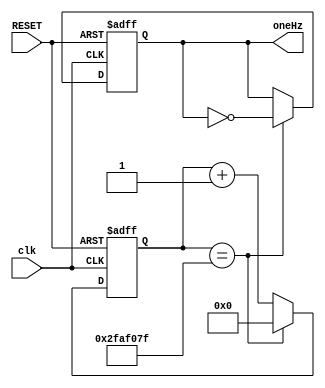
`timescale 1ns / 1ps
//////////////////////////////////////////////////////////////////////////////////
// Company: 
// Engineer: 
// 
// Design Name: 
// Module Name: clock
// Project Name: 
// Target Devices: 
// Tool Versions: 
// Description: 
// 
// Dependencies: 
// 
// Revision:
// Revision 0.01 - File Created
// Additional Comments:
// 
//////////////////////////////////////////////////////////////////////////////////


module clock(input clk,
             input RESET,
             output reg oneHz
);
  
    // 1 Hz
    reg [25:0] count_1 = 0;
    parameter dv_1 = 26'd50_000_000;
    
    // 100MHz -> oneHz
    always @(posedge clk, posedge RESET) begin
        if (RESET) begin
            count_1 <= 0;
            oneHz <= 0;
        end
        else if (count_1 == dv_1 - 1) begin
            count_1 <= 0;
            oneHz <= ~oneHz;
        end
        else begin
            count_1 <= count_1 + 1;
            oneHz <= oneHz;
        end
    end

endmodule